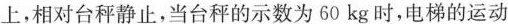
上，相对台秤静止，当台秤的示数为60kg时，电梯的运动